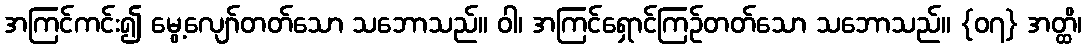
အကြင်ကင်း၍ မွေ့လျော်တတ်သော သဘောသည်။ ဝါ၊ အကြင်ရှောင်ကြဉ်တတ်သော သဘောသည်။ {၀၇} အတ္ထိ၊